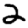
Digit: 2